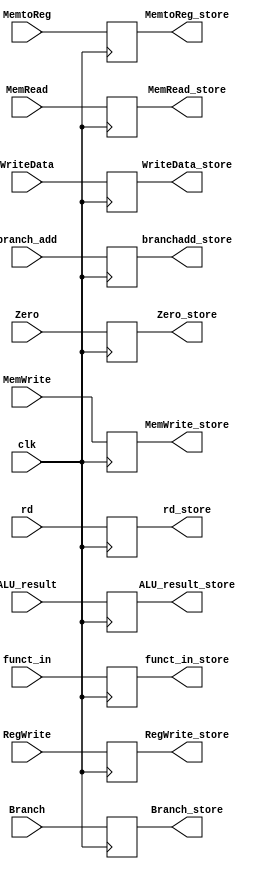
module EX_MEM
(
    input clk,
    input RegWrite, MemtoReg,
    input Branch, Zero, MemWrite, MemRead,
    input [63:0] branch_add, ALU_result, WriteData,
    input [3:0] funct_in,
    input [4:0] rd,

    output reg RegWrite_store, MemtoReg_store,
    output reg Branch_store, Zero_store, MemWrite_store, 
                MemRead_store,
    output reg [63:0] branchadd_store, ALU_result_store,
            WriteData_store,
    output reg [3:0] funct_in_store,
    output reg [4:0] rd_store
);
always @(negedge clk) begin
    RegWrite_store = RegWrite;
    MemtoReg_store = MemtoReg;
    Branch_store = Branch;
    Zero_store = Zero;
    MemWrite_store = MemWrite;
    MemRead_store = MemRead;
    branchadd_store = branch_add; 
    ALU_result_store = ALU_result;
    WriteData_store = WriteData;
    funct_in_store = funct_in;
    rd_store = rd;
end
endmodule